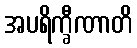
အပရိက္ခီဏာတိ